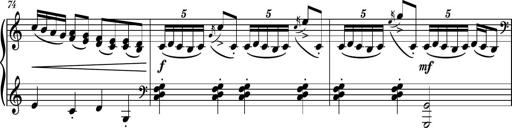
Title: Piano Sonatina No.3
Composer: Dimitri Sykias
Key: C major